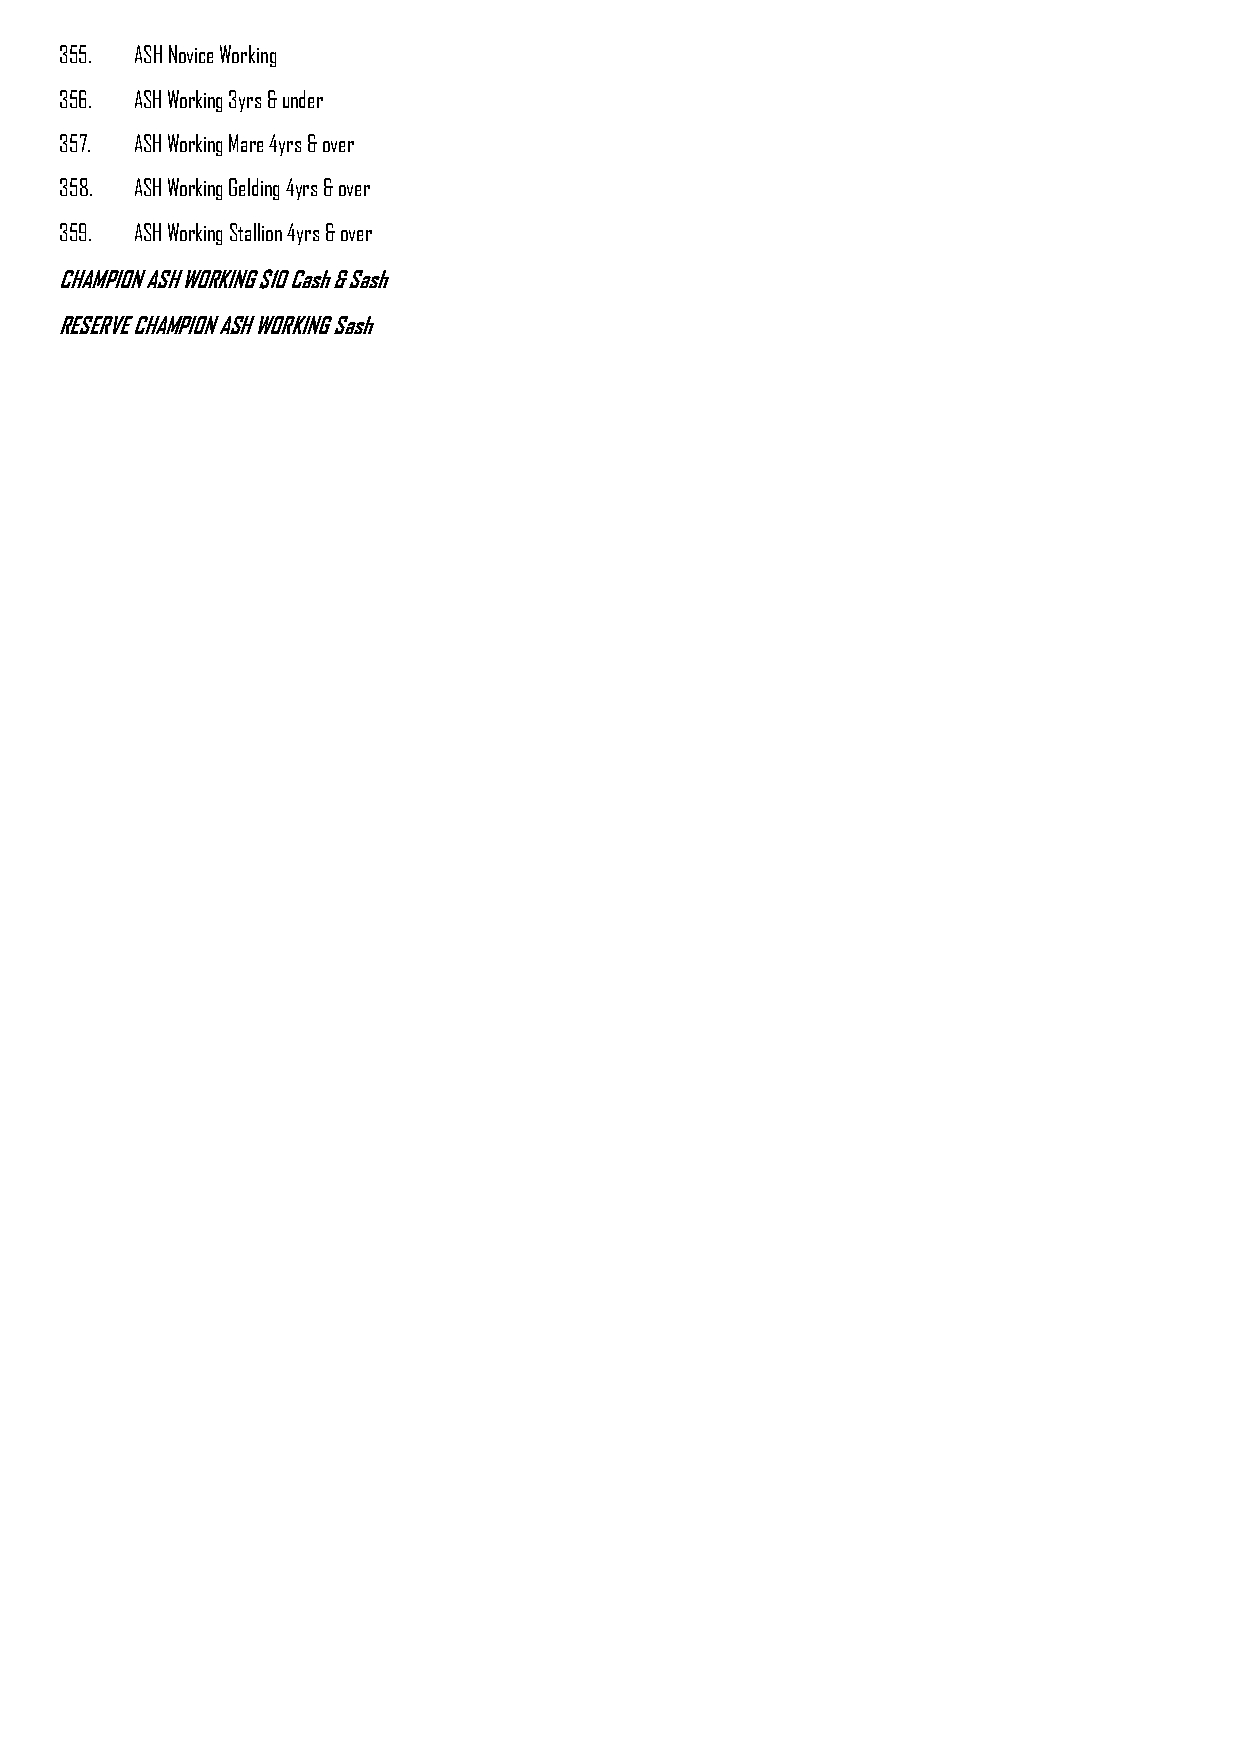
355. ASH Novice Working
 356. ASH Working 3yrs & under
 357. ASH Working Mare 4yrs & over
 358. ASH Working Gelding 4yrs & over
 359. ASH Working Stallion 4yrs & over
 CHAMPION ASH WORKING $10 Cash & Sash
 RESERVE CHAMPION ASH WORKING Sash